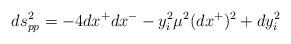
LaTeX: \begin{align*}ds^2_{pp}=-4dx^+dx^--y_i^2\mu^2(dx^+)^2+dy_i^2\end{align*}